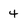
Character: 4